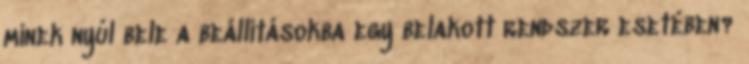
minek nyúl bele a beállításokba egy belakott rendszer esetében?